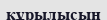
кұрылысын